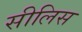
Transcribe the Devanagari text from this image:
सीलिस